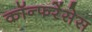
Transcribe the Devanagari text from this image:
कॉन्फरेंसेस